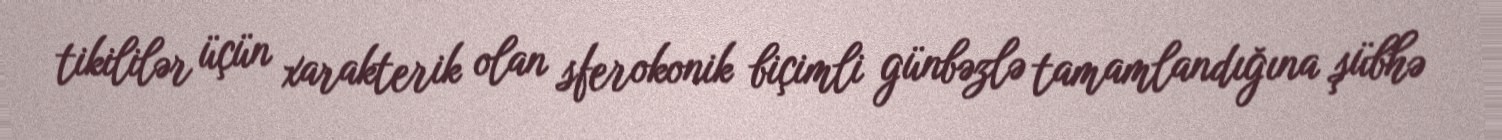
tikililər üçün xarakterik olan sferokonik biçimli günbəzlə tamamlandığına şübhə